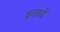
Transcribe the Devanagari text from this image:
डुलावें